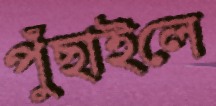
পুঁছাইলে